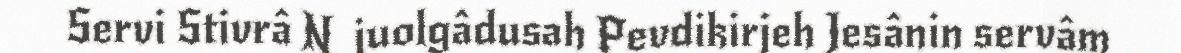
Servi Stivrâ Njuolgâdusah Pevdikirjeh Jesânin servâm